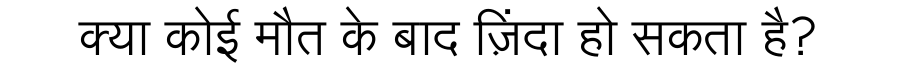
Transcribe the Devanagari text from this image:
क्या कोई मौत के बाद ज़िंदा हो सकता है?